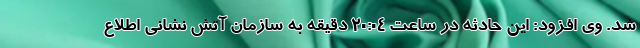
شد. وی افزود: این حادثه در ساعت ۲۰:۰۴ دقیقه به سازمان آتش نشانی اطلاع